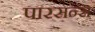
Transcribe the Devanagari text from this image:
पारसन्स